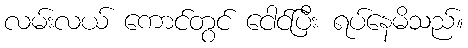
လမ်းလယ် ကောင်တွင် ငေါင်ပြီး ရပ်နေမိသည်။